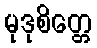
မုဒုစိတ္တေ